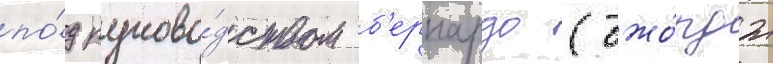
по́д руково́дством б'ернардо (джо́рдж